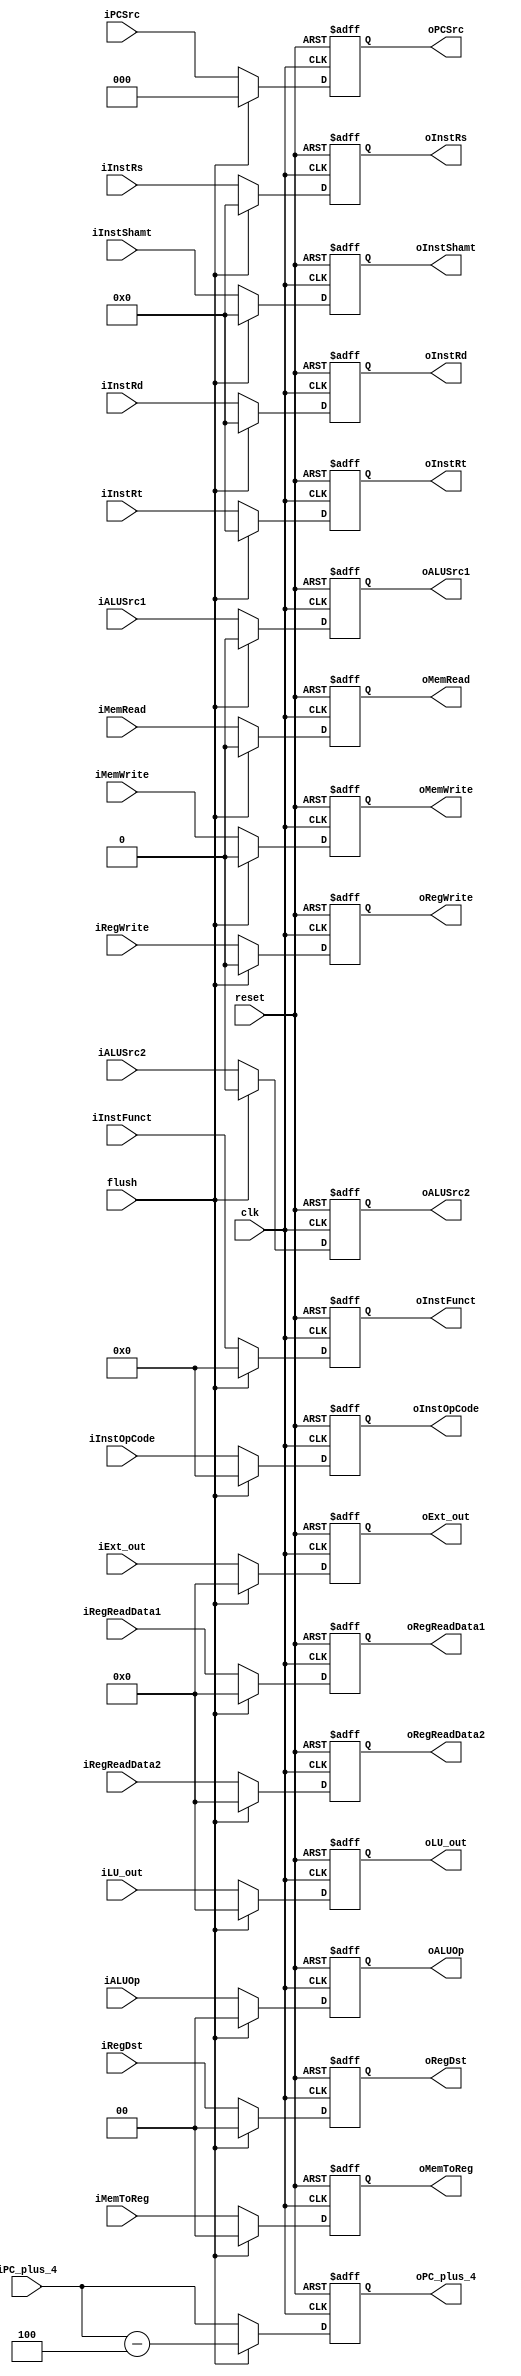
`timescale 1ns / 1ps
//2013011076 Wang Han
//ID_EX Register
//If an instruction is flushed, it means that it has been cancelled and the next instruction should be exactly the same one.
//Instead of setting PC_plus_4 to 0x80000000, I set it to PC_plus_4 - 4.

module ID_EX_reg(
	input			clk,
	input			reset,
	input			flush,
	input	[5:0]	iInstOpCode,
	input	[5:0]	iInstFunct,
	input	[31:0]	iPC_plus_4,
	input	[4:0]	iInstRs,
	input	[4:0]	iInstRt,
	input	[4:0]	iInstRd,
	input	[4:0]	iInstShamt,
	input 	[31:0]	iRegReadData1,
	input	[31:0]	iRegReadData2,
	input	[1:0]	iRegDst,
	input	[2:0]	iPCSrc,
	input			iMemRead,
	input			iMemWrite,
	input	[1:0]	iMemToReg,
	input	[1:0]	iALUOp,
	input			iALUSrc1,
	input			iALUSrc2,
	input			iRegWrite,
	input	[31:0]	iExt_out,
	input	[31:0]	iLU_out,
	output	reg [5:0]	oInstOpCode,
	output	reg [5:0]	oInstFunct,
	output	reg [31:0]	oPC_plus_4,
	output	reg [4:0]	oInstRs,
	output	reg [4:0]	oInstRt,
	output	reg [4:0]	oInstRd,
	output	reg [4:0]	oInstShamt,
	output	reg [31:0]	oRegReadData1,
	output	reg [31:0]	oRegReadData2,
	output	reg [1:0]	oRegDst,
	output	reg [2:0]	oPCSrc,
	output	reg 		oMemRead,
	output	reg 		oMemWrite,
	output	reg [1:0]	oMemToReg,
	output	reg [1:0]	oALUOp,
	output	reg 		oALUSrc1,
	output	reg 		oALUSrc2,
	output	reg 		oRegWrite,
	output	reg [31:0]	oExt_out,
	output	reg [31:0]	oLU_out);

	always @(posedge clk or negedge reset) begin
		if (~reset)
		begin
			oInstOpCode <= 6'h00;
			oInstFunct <= 6'h00;
			oPC_plus_4 <= 32'h80000000;
			oInstRs <= 5'h00;
			oInstRt <= 5'h00;
			oInstRd <= 5'h00;
			oInstShamt <= 5'h00;
			oRegReadData1 <= 32'h00000000;
			oRegReadData2 <= 32'h00000000;
			oRegDst <= 2'h0;
			oPCSrc <= 3'h0;
			oMemRead <= 1'b0;
			oMemWrite <= 1'b0;
			oMemToReg <= 2'h0;
			oALUOp <=2'b00;
			oALUSrc1 <= 1'b0;
			oALUSrc2 <= 1'b0;
			oRegWrite <= 1'b0;
			oExt_out <= 32'h00000000;
			oLU_out <= 32'h00000000;
		end
		else
		begin
			if (flush)
			begin
				oInstOpCode <= 6'h00;
				oInstFunct <= 6'h00;
				//oPC_plus_4 <= 32'h80000000;
				oPC_plus_4 <= iPC_plus_4 - 4;
				oInstRs <= 5'h00;
				oInstRt <= 5'h00;
				oInstRd <= 5'h00;
				oInstShamt <= 5'h00;
				oRegReadData1 <= 32'h00000000;
				oRegReadData2 <= 32'h00000000;
				oRegDst <= 2'h0;
				oPCSrc <= 3'h0;
				oMemRead <= 1'b0;
				oMemWrite <= 1'b0;
				oMemToReg <= 2'h0;
				oALUOp <=2'b00;
				oALUSrc1 <= 1'b0;
				oALUSrc2 <= 1'b0;
				oRegWrite <= 1'b0;
				oExt_out <= 32'h00000000;
				oLU_out <= 32'h00000000;
			end
			else
			begin
				oInstOpCode <= iInstOpCode;
				oInstFunct <= iInstFunct;
				oPC_plus_4 <= iPC_plus_4;
				oInstRs <= iInstRs;
				oInstRt <= iInstRt;
				oInstRd <= iInstRd;
				oInstShamt <= iInstShamt;
				oRegReadData1 <= iRegReadData1;
				oRegReadData2 <= iRegReadData2;
				oRegDst <= iRegDst;
				oPCSrc <= iPCSrc;
				oMemRead <= iMemRead;
				oMemWrite <= iMemWrite;
				oMemToReg <= iMemToReg;
				oALUOp <= iALUOp;
				oALUSrc1 <= iALUSrc1;
				oALUSrc2 <= iALUSrc2;
				oRegWrite <= iRegWrite;
				oExt_out <= iExt_out;
				oLU_out <= iLU_out;
			end
		end
	end
endmodule